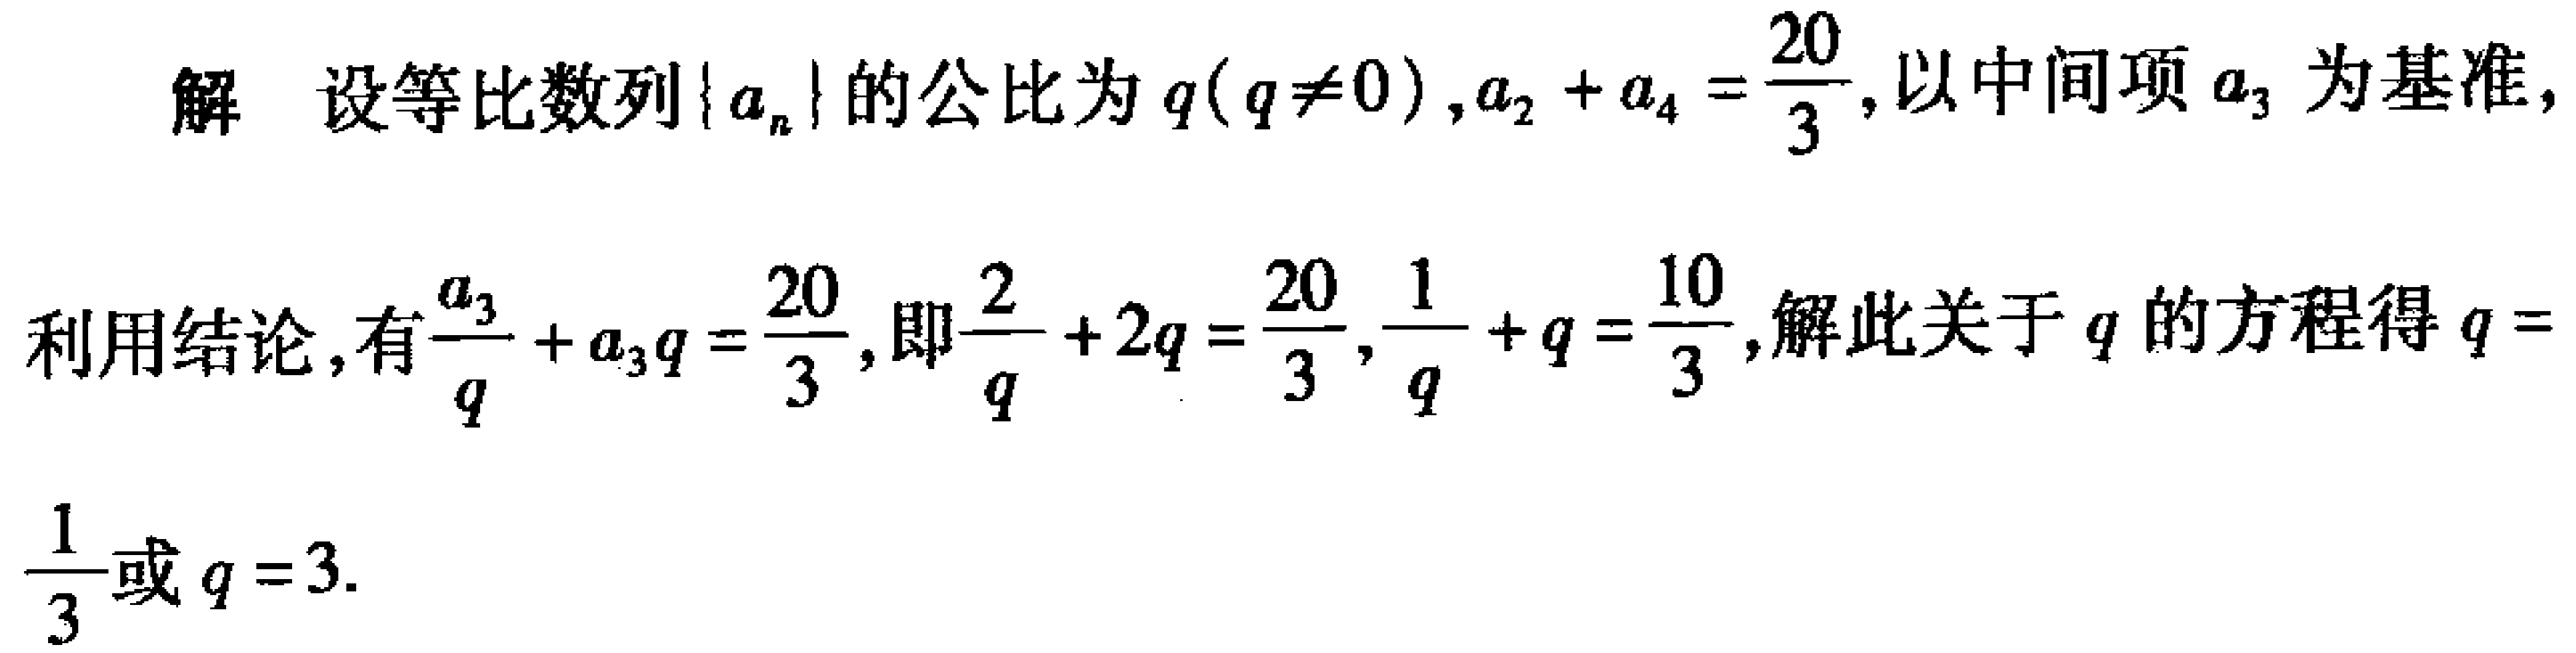
解 设等比数列\(\{ a_{n}\}\)的公比为\(q(q\neq 0)\)，\(a_{2}+a_{4}=\frac{20}{3}\)，以中间项\(a_{3}\)为基准，
利用结论，有\(\frac{a_{3}}{q}+a_{3}q = \frac{20}{3}\)，即\(\frac{2}{q}+2q=\frac{20}{3}\)，\(\frac{1}{q}+q=\frac{10}{3}\)，解此关于\(q\)的方程得\(q = \frac{1}{3}\)或\(q = 3\).